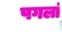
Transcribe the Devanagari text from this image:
पगलां